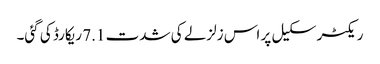
ریکٹر سکیل پر اس زلزلے کی شدت 7.1 ریکارڈ کی گئی۔